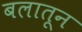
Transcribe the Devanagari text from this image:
बलातून